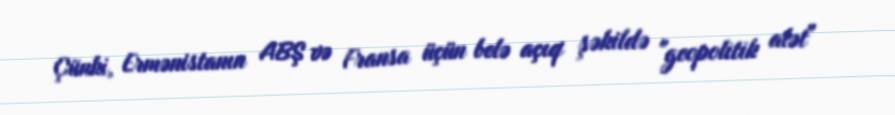
Çünki, Ermənistanın ABŞ və Fransa üçün belə açıq şəkildə "geopolitik alət"